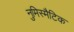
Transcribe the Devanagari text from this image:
नुमिस्मैटिक